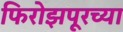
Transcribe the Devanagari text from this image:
फिरोझपूरच्या